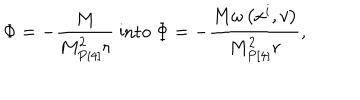
\Phi = - \frac { M } { M _ { P [ 4 ] } ^ { 2 } r } \mathrm { ~ i n t o ~ } \Phi = - \frac { M \omega \left( x ^ { i } , v \right) } { M _ { P [ 4 ] } ^ { 2 } r } ,